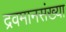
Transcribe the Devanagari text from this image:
द्रवमानसंख्या